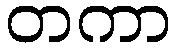
တကာ